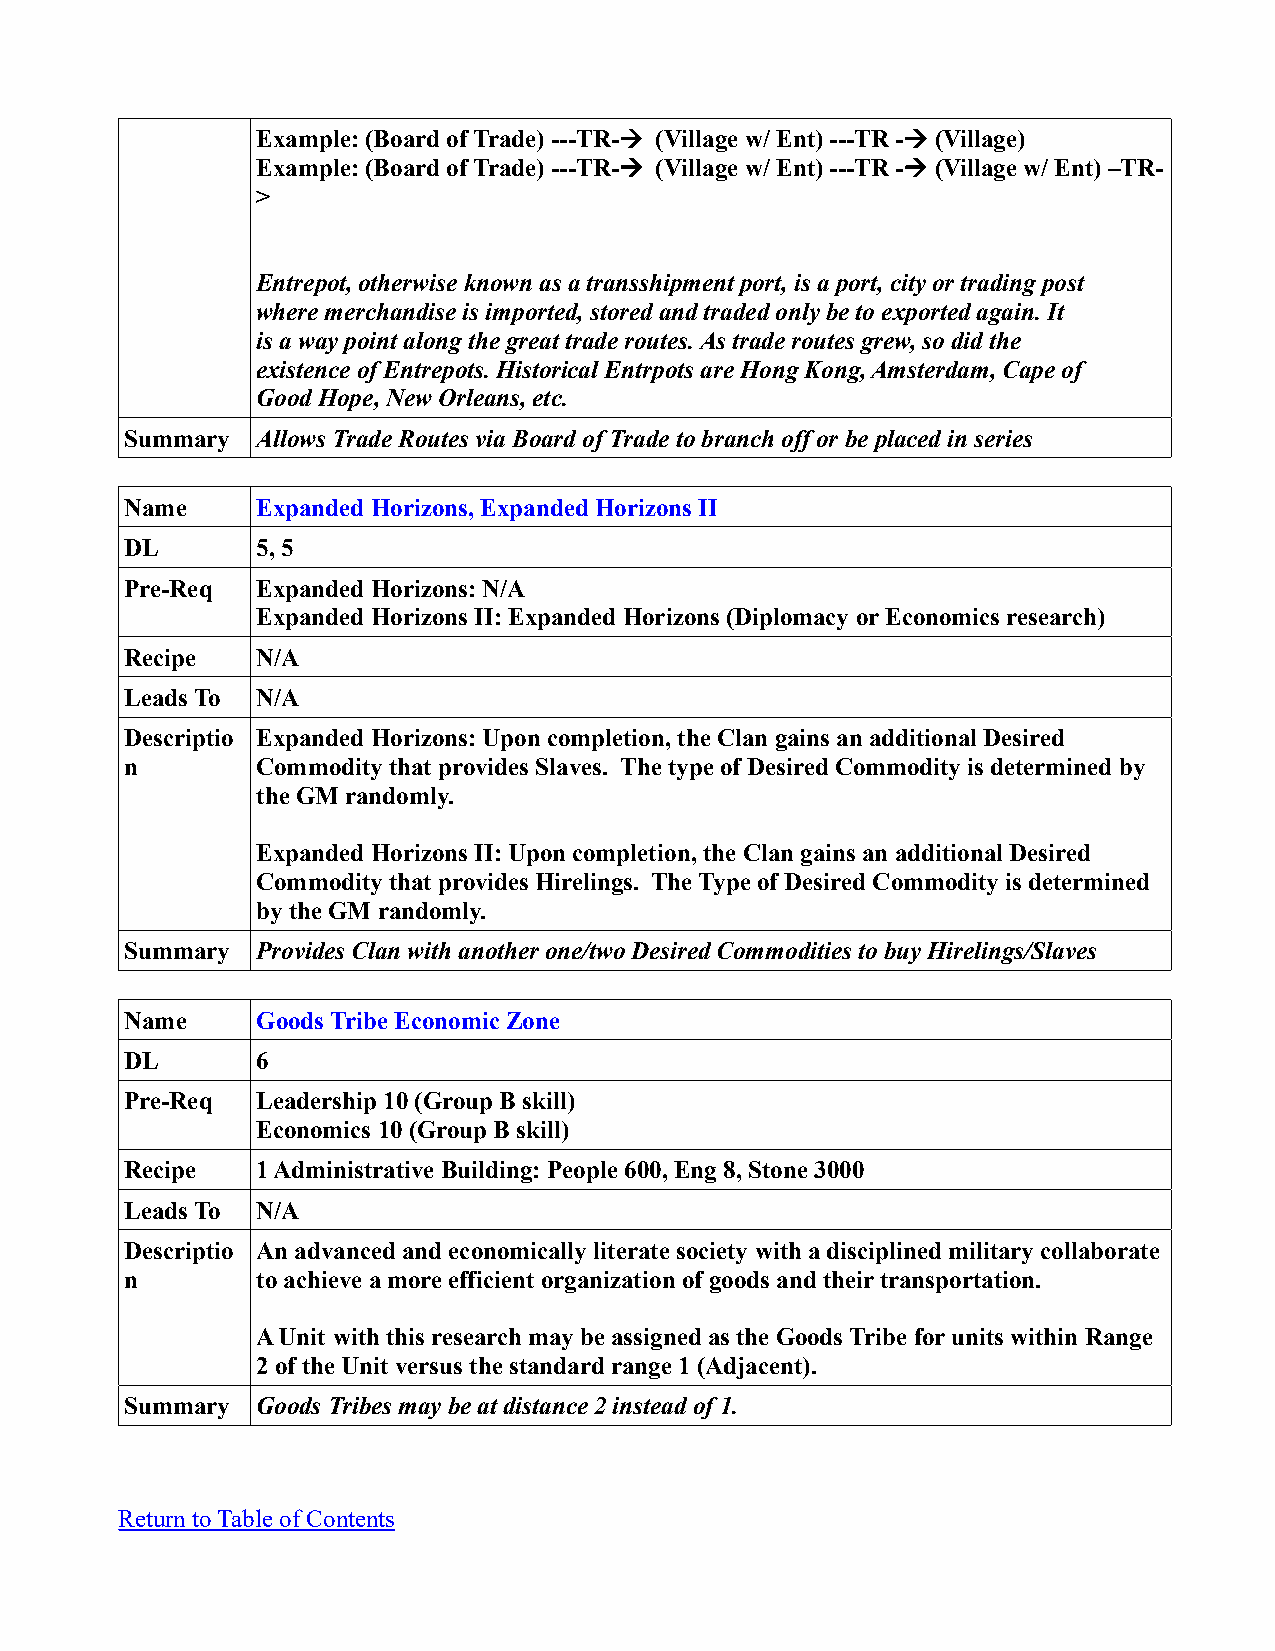
Example: (Board of Trade) ---TR- (Village w/ Ent) ---TR - (Village)
 Example: (Board of Trade) ---TR- (Village w/ Ent) ---TR - (Village w/ Ent) –TR-
 >
 Entrepot, otherwise known as a transshipment port, is a port, city or trading post
 where merchandise is imported, stored and traded only be to exported again. It
 is a way point along the great trade routes. As trade routes grew, so did the
 existence of Entrepots. Historical Entrpots are Hong Kong, Amsterdam, Cape of
 Good Hope, New Orleans, etc.
 Summary  Allows Trade Routes via Board of Trade to branch off or be placed in series
 Name     Expanded Horizons, Expanded Horizons II
 DL       5, 5
 Pre-Req  Expanded Horizons: N/A
 Expanded Horizons II: Expanded Horizons (Diplomacy or Economics research)
 Recipe   N/A
 Leads To N/A
 Descriptio Expanded Horizons: Upon completion, the Clan gains an additional Desired
 n        Commodity that provides Slaves. The type of Desired Commodity is determined by
 the GM randomly.
 Expanded Horizons II: Upon completion, the Clan gains an additional Desired
 Commodity that provides Hirelings. The Type of Desired Commodity is determined
 by the GM randomly.
 Summary  Provides Clan with another one/two Desired Commodities to buy Hirelings/Slaves
 Name     Goods Tribe Economic Zone
 DL       6
 Pre-Req  Leadership 10 (Group B skill)
 Economics 10 (Group B skill)
 Recipe   1 Administrative Building: People 600, Eng 8, Stone 3000
 Leads To N/A
 Descriptio An advanced and economically literate society with a disciplined military collaborate
 n        to achieve a more efficient organization of goods and their transportation.
 A Unit with this research may be assigned as the Goods Tribe for units within Range
 2 of the Unit versus the standard range 1 (Adjacent).
 Summary  Goods Tribes may be at distance 2 instead of 1.
 Return to Table of Contents